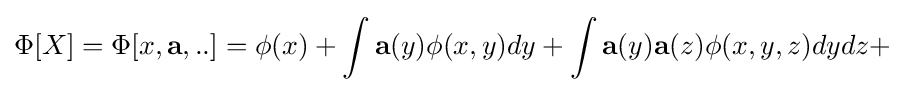
\Phi [X]=\Phi [x,\mathbf {a} ,..]=\phi (x)+\int \mathbf {a} (y)\phi (x,y)dy+\int \mathbf {a} (y)\mathbf {a} (z)\phi (x,y,z)dydz+